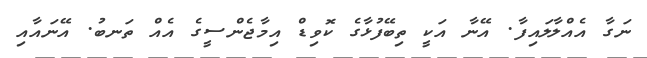
ނަގާ އެއްލާލައިފާ. އޭނާ އަކީ ތިބޭފުޅާގެ ކޮވިޑް އިމާޖެންސީގެ އެއް ތަނބު. އޭނައާއި